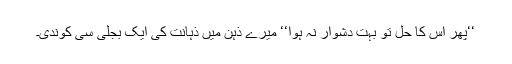
‘‘پھر اس کا حل تو بہت دشوار نہ ہوا‘‘ میرے ذہن میں ذہانت کی ایک بجلی سی کوندی۔